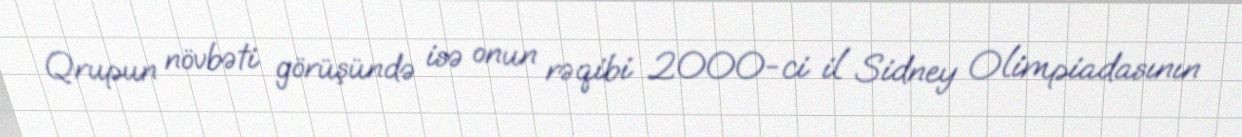
Qrupun növbəti görüşündə isə onun rəqibi 2000-ci il Sidney Olimpiadasının